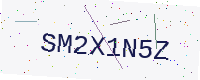
Text: SM2X1N5Z